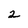
Character: 2